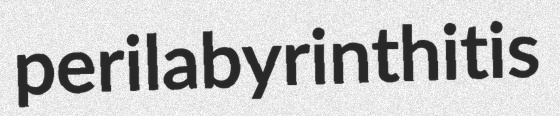
perilabyrinthitis